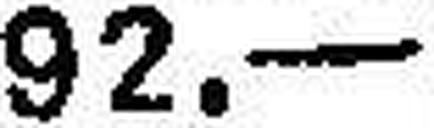
92. —